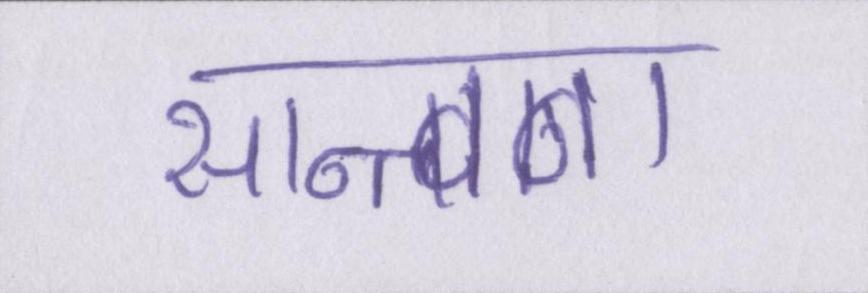
सान्त्वना